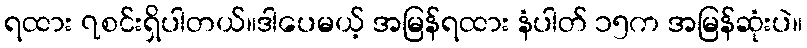
ရထား ၇စင်းရှိပါတယ်။ဒါပေမယ့် အမြန်ရထား နံပါတ် ၁၅က အမြန်ဆုံးပဲ။